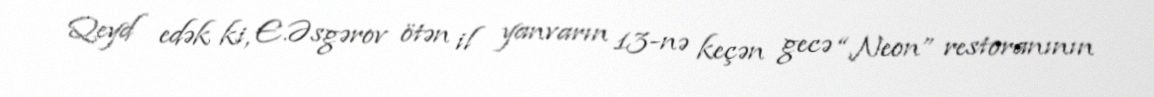
Qeyd edək ki, E.Əsgərov ötən il yanvarın 13-nə keçən gecə “Neon” restoranının